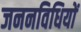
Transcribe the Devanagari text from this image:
जननविधियों